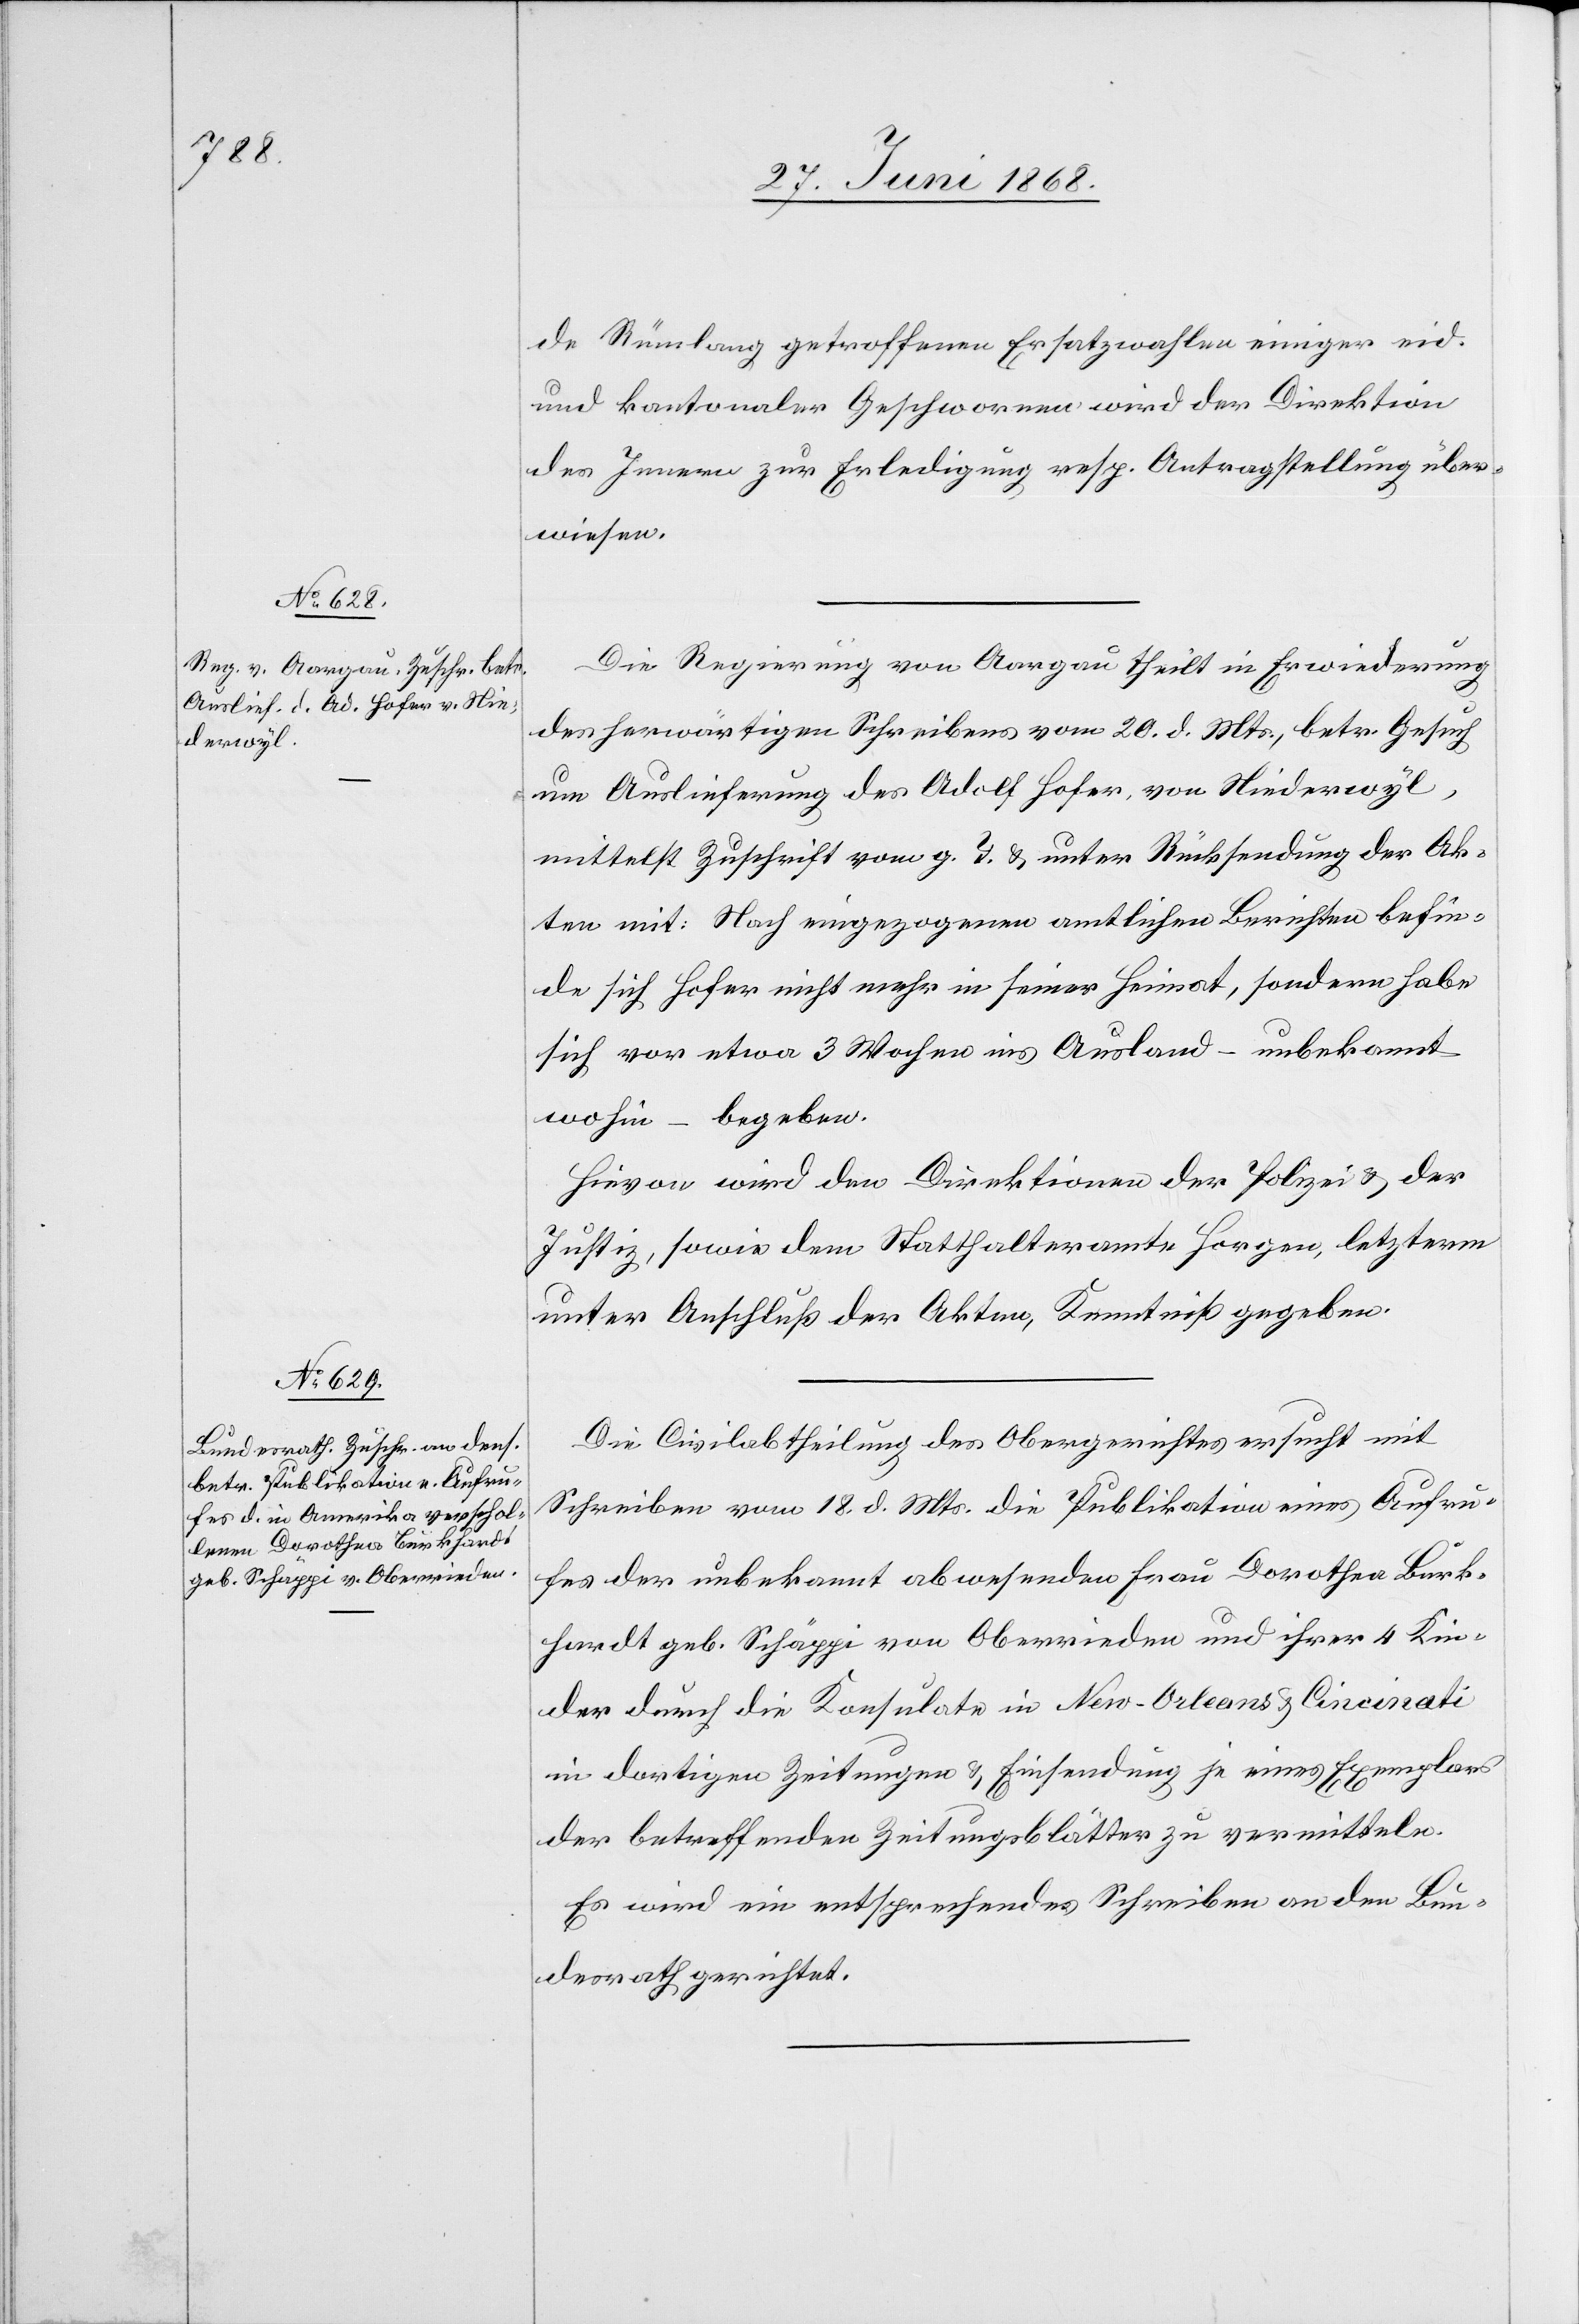
30. Juni 1868.]
de Rümlang getroffenen Ersatzwahlen einiger eid.
und kantonaler Geschwornen wird der Direktion
des Innern zur Erledigung resp. Antragstellung über¬
wiesen.
Die Regierung von Aargau theilt in Erwiederung
des herwärtigen Schreibens vom 20. d. Mts., betr. Gesuch
um Auslieferung des Adolf Hofer, von Niederwyl,
mittelst Zuschrift vom g. T. & unter Rücksendung der Ak¬
ten mit: Nach eingezogenen amtlichen Berichten befin¬
de sich Hofer nicht mehr in seiner Heimat, sondern habe
sich vor etwa 3 Wochen ins Ausland – unbekannt
wohin – begeben.
Hievon wird den Direktionen der Polizei & der
Justiz, sowie dem Statthalteramte Horgen, letzterm
unter Anschluß der Akten, Kenntniß gegeben.
Die Civilabtheilung des Obergerichtes ersucht mit
Schreiben vom 18. d. Mts. die Publikation eines Aufru¬
fes der unbekannt abwesenden Frau Dorothea Burk¬
hardt geb. Schäppi von Oberrieden und ihrer 4 Kin¬
der durch die Konsulate in New-Orleans & Cincinati
in dortigen Zeitungen & Einsendung je eines Exemplars
der betreffenden Zeitungsblätter zu vermitteln.
Es wird ein entsprechendes Schreiben an den Bun¬
desrath gerichtet.